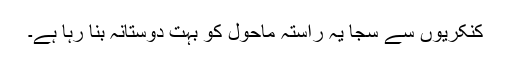
کنکریوں سے سجا یہ راستہ ماحول کو بہت دوستانہ بنا رہا ہے۔